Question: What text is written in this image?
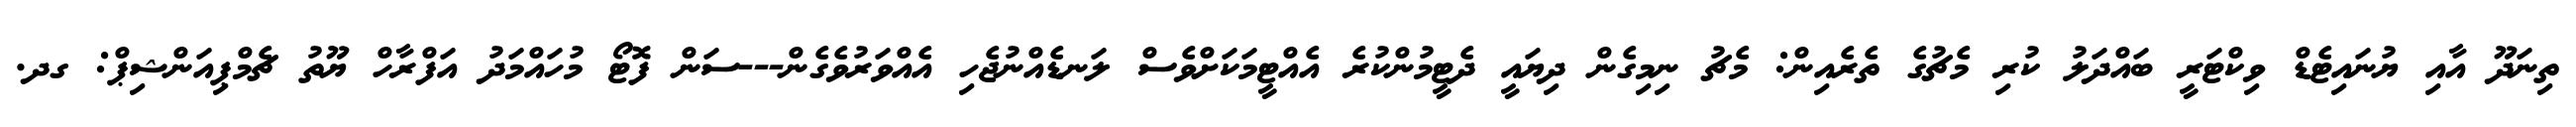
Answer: ތިނަދޫ އާއި ޔުނައިޓެޑް ވިކްޓަރީ ބައްދަލު ކުރި މެޗުގެ ތެރެއިން: މެޗު ނިމިގެން ދިޔައީ ދެޓީމުންކުރެ އެއްޓީމަކަށްވެސް ލަނޑެއްނުޖެހި އެއްވަރުވެގެން---ސަން ފޮޓޯ މުހައްމަދު އަފްރާހް ޔޫތު ޗެމްޕިއަންޝިޕް: ގދ.